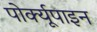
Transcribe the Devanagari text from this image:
पोर्क्यूपाइन